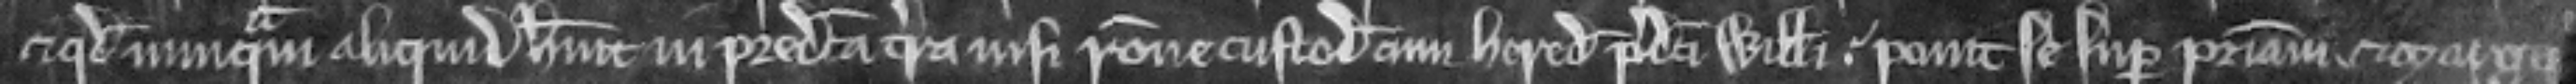
et quod nunquam aliquid habuit in predicta terra nisi racione custodie cum herede predicti Willelmi. ponit se super patriam et Margareta